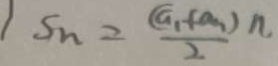
S _ { n } = \frac { ( a _ { 1 } + a _ { n } ) n } { 2 }